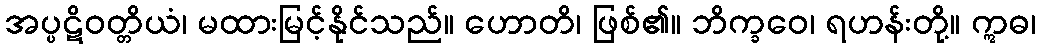
အပ္ပဋိဝတ္တိယံ၊ မထားမြင့်နိုင်သည်။ ဟောတိ၊ ဖြစ်၏။ ဘိက္ခဝေ၊ ရဟန်းတို့။ ဣဓ၊